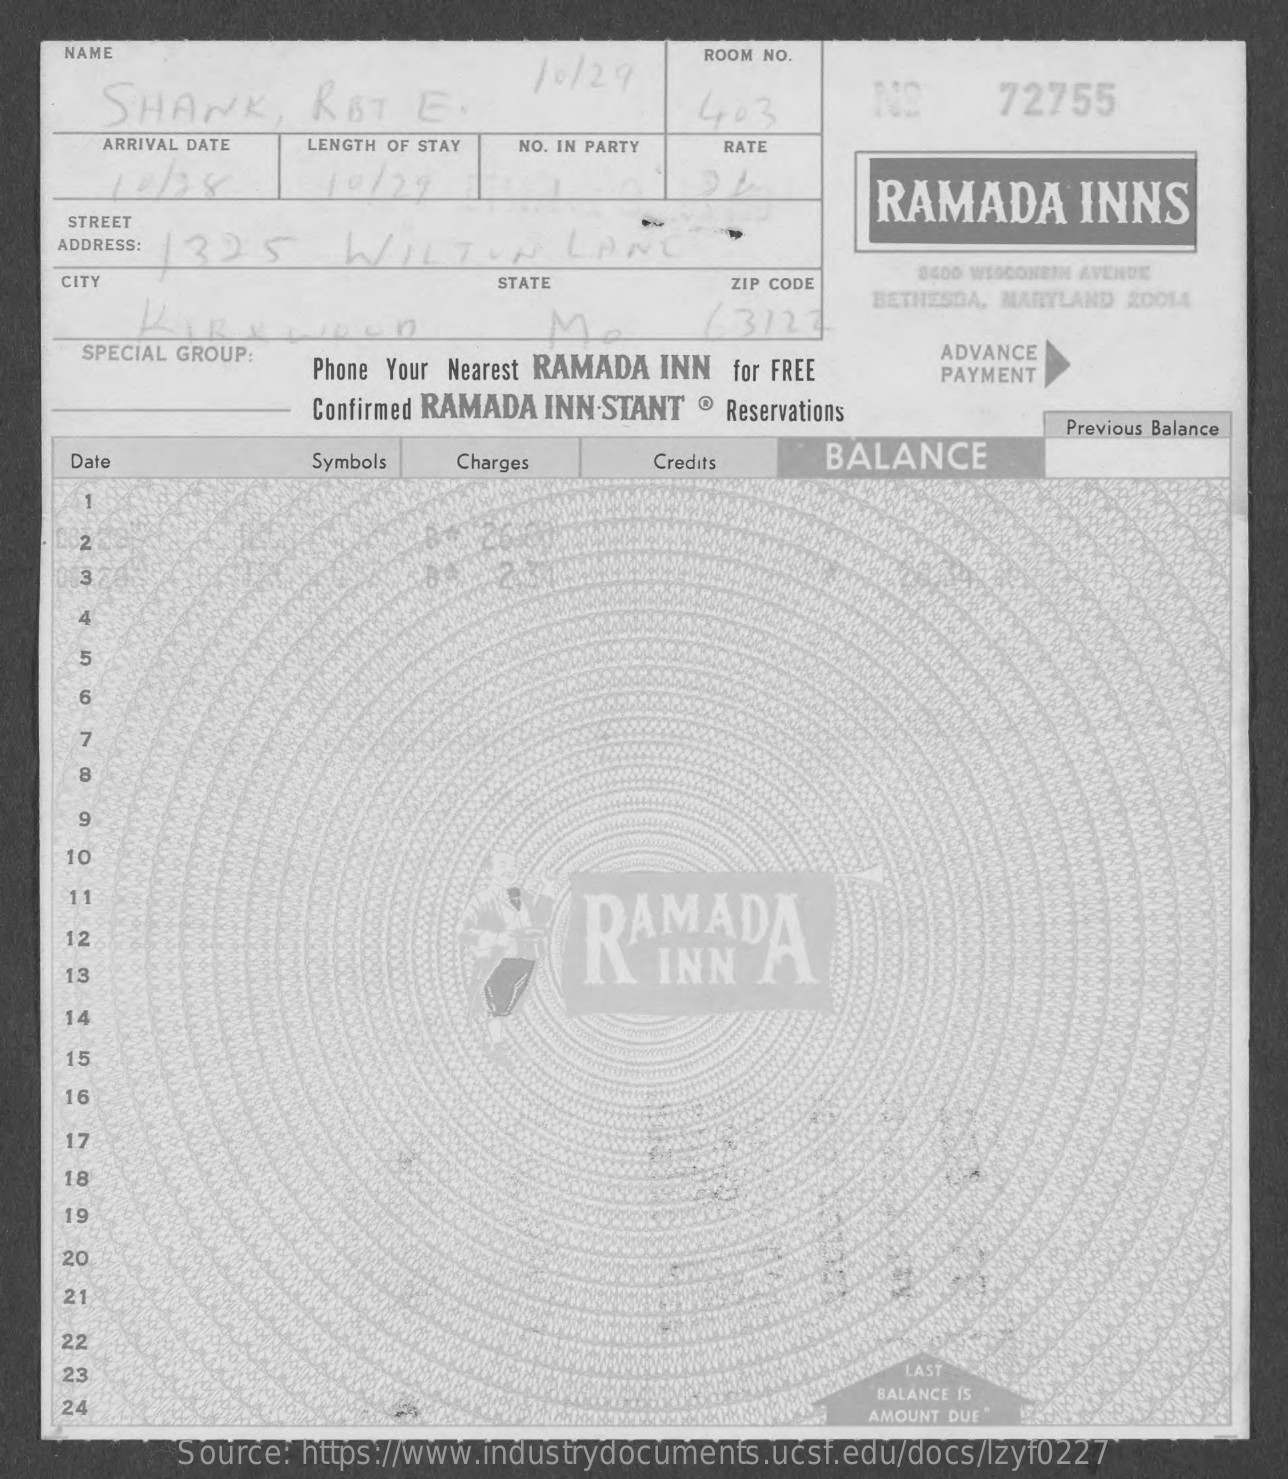
NAME    ROOM NO.
     SHANK,    RBT    E.
     10/29
     1403    72755
     ARRIVAL DATE LENGTH OF STAY NO. IN PARTY RATE
     10/ 29
     RAMADA    INNS
     STREET
    ADDRESS: 1325    WILTON    LANE
    CITY    STATE    ZIP CODE
     8400 WISCONEIN AVENUE
     63127
     BETHESDA, MARYLAND 20014
     Den    M
     SPECIAL GROUP:
     Phone Your Nearest RAMADA INN for FREE
     ADVANCE
     PAYMENT
     Confirmed RAMADA INN.STANT ® Reservations
     Previous Balance
     Date    Symbols  Charges    Credits    BALANCE
     2
     4
     6
     7
     9
    10
     11
     RAMADA 12
    13
    14
     15
     16
    17
    18
    19
    20
    21
    22
    23    LAST
    24    BALANCE IS
     AMOUNT DUE
     Source: https://www.industrydocuments.ucsf.edu/docs/lzyf0227